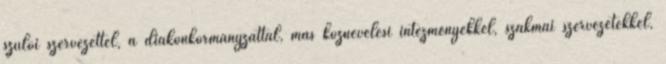
szülői szervezettel, a diákönkormányzattal, más köznevelési intézményekkel, szakmai szervezetekkel,